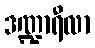
ဒဏ္ဍာရီလာ